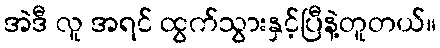
အဲဒီ လူ အရင် ထွက်သွားနှင့်ပြီနဲ့တူတယ်။